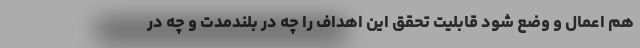
هم اعمال و وضع شود قابلیت تحقق این اهداف را چه در بلندمدت و چه در